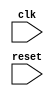
module behavioral_modeling (
    input wire clk,
    input wire reset
);

always @(posedge clk or negedge reset) begin
    // desired behavior of the module goes here
end

endmodule